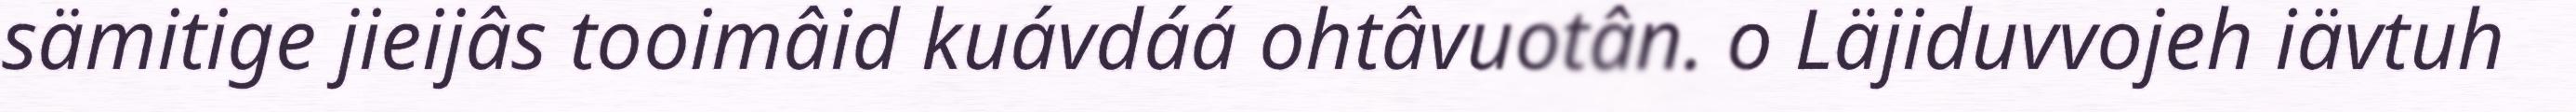
sämitige jieijâs tooimâid kuávdáá ohtâvuotân. o Läjiduvvojeh iävtuh